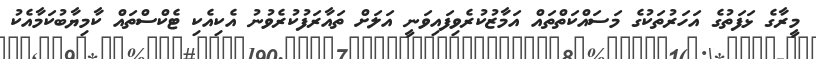
މީރާގެ ޅަފަތުގެ އަހަރުތަކުގެ މަސައްކަތްތައް އަމާޒުކުރެވިފައިވަނީ އަލަށް ތައާރަފުކުރެވުނު އެކިއެކި ޓެކްސްތައް ކާމިޔާބުކަމާއެކު